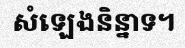
សំឡេងនិន្នាទ។